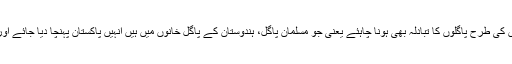
بٹوارے کے دو تین سال بعد پاکستان اور ہندوستان کی حکومتوں کو خیال آیا کہ اخلاقی قیدیوں کی طرح پاگلوں کا تبادلہ بھی ہونا چاہئے یعنی جو مسلمان پاگل، ہندوستان کے پاگل خانوں میں ہیں انہیں پاکستان پہنچا دیا جائے اور جو ہندو اور سکھ پاکستان کے پاگل خانوں میں ہیں انہیں ہندوستان کے حوالے کردیا جائے۔